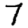
Digit: 7